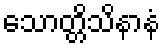
သောတ္တိသိနာနံ